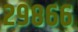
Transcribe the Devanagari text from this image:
२९८६६